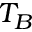
T _ { B }